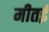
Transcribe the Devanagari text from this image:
मीतई